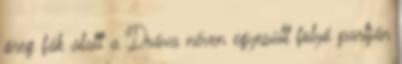
öreg fák alatt a Dráva néven egyesült folyó partján